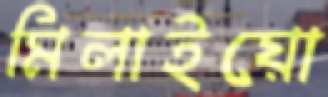
মিলাইয়ো